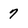
Character: 7